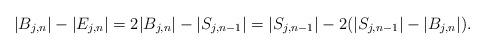
LaTeX: \begin{align*} |B_{j,n}|-|E_{j,n}| = 2 |B_{j,n}| - |S_{j,n-1}| = |S_{j,n-1}| - 2(|S_{j,n-1}| - |B_{j,n}|).\end{align*}